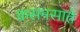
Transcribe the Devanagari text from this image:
कसमसाते